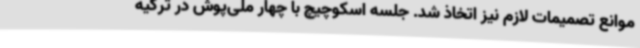
موانع تصمیمات لازم نیز اتخاذ شد. جلسه اسکوچیچ با چهار ملی‌پوش در ترکیه